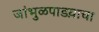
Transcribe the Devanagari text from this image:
जांभुळपाडय़ाचा